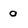
Character: 0